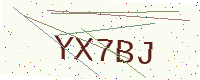
Text: YX7BJ